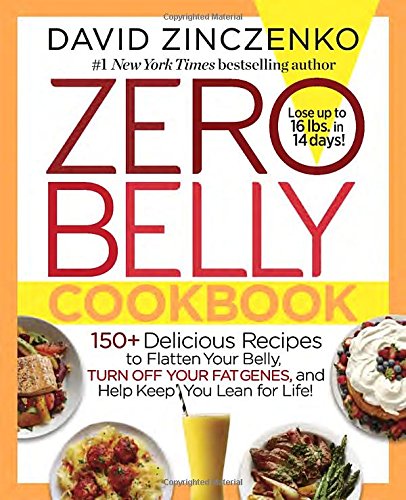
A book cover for Zero Belly Cookbook: 150+ Delicious Recipes to Flatten Your Belly, Turn Off Your Fat Genes, and Help Keep You Lean for Life!; David Zinczenko; Cookbooks, Food & Wine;